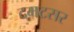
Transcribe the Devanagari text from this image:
दमटसर